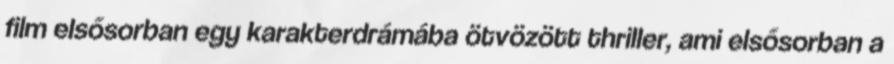
film elsősorban egy karakterdrámába ötvözött thriller, ami elsősorban a